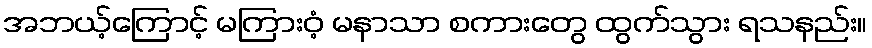
အဘယ့်ကြောင့် မကြားဝံ့ မနာသာ စကားတွေ ထွက်သွား ရသနည်း။